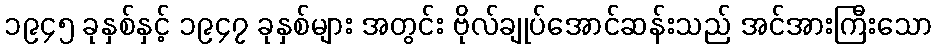
၁၉၄၅ ခုနှစ်နှင့် ၁၉၄၇ ခုနှစ်များ အတွင်း ဗိုလ်ချုပ်အောင်ဆန်းသည် အင်အားကြီးသော